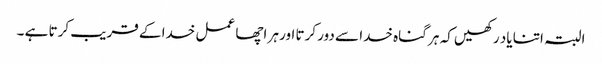
البتہ اتنا یاد رکھیں کہ ہر گناہ خدا سے دور کرتا اور ہر اچھا عمل خدا کے قریب کرتا ہے ۔